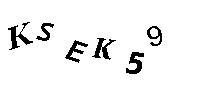
KSEK59